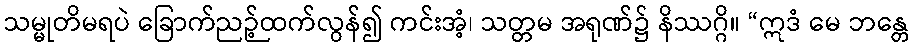
သမ္မုတိမရပဲ ခြောက်ညဉ့်ထက်လွန်၍ ကင်းအံ့၊ သတ္တမ အရုဏ်၌ နိဿဂ္ဂိ။ “ဣဒံ မေ ဘန္တေ